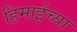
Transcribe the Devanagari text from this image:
हिमाईच्या